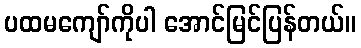
ပထမကျော်ကိုပါ အောင်မြင်ပြန်တယ်။